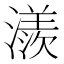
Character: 㵪